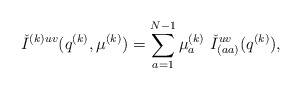
\begin{align*}{\check I}^{(k)uv}(q^{(k)},\mu^{(k)})=\sum_{a=1}^{N-1}\mu_a^{(k)}\,\,{\check I}^{uv}_{(aa)}(q^{(k)}),\end{align*}